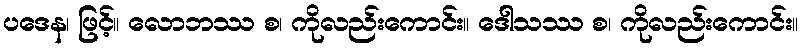
ပဒေန၊ ဖြင့်။ လောဘဿ စ၊ ကိုလည်းကောင်း။ ဒေါသဿ စ၊ ကိုလည်းကောင်း။